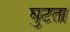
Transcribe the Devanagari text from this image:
घुटता